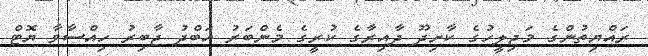
ރައްޔިތުންގެ މަޖިލީހުގެ ކާށިދޫ ދާއިރާގެ ކުރީގެ މެންބަރު އަބްދު ޖާބިރު ހިއްސާވާ ޔޮޓް